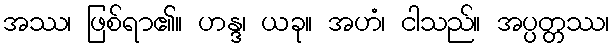
အဿ၊ ဖြစ်ရာ၏။ ဟန္ဒ၊ ယခု။ အဟံ၊ ငါသည်။ အပ္ပတ္တဿ၊